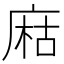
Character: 𢉽